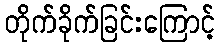
တိုက်ခိုက်ခြင်းကြောင့်